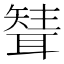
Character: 𦗊